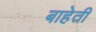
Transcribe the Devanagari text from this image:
बाहेती